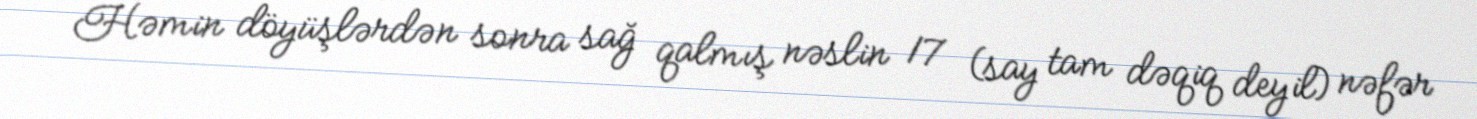
Həmin döyüşlərdən sonra sağ qalmış nəslin 17 (say tam dəqiq deyil) nəfər